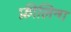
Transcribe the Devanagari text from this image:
फ़ीलिन्ग